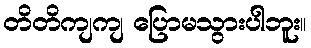
တိတိကျကျ ပြောမသွားပါဘူး။